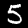
Digit: 5